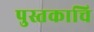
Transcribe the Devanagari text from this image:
पुस्तकाचि